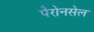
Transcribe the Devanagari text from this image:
पैरोनसेल